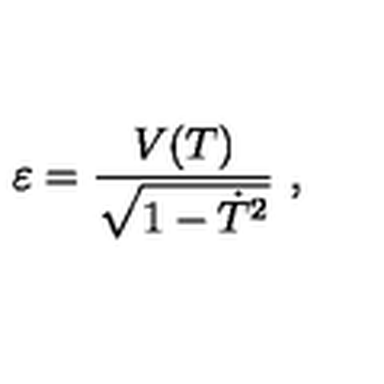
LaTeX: \varepsilon = { \frac { V ( T ) } { \sqrt { 1 - \dot { T } ^ { 2 } } } } \ ,